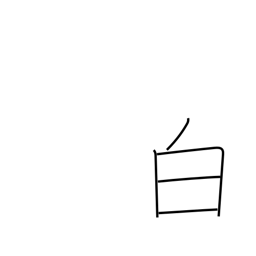
Meaning: white